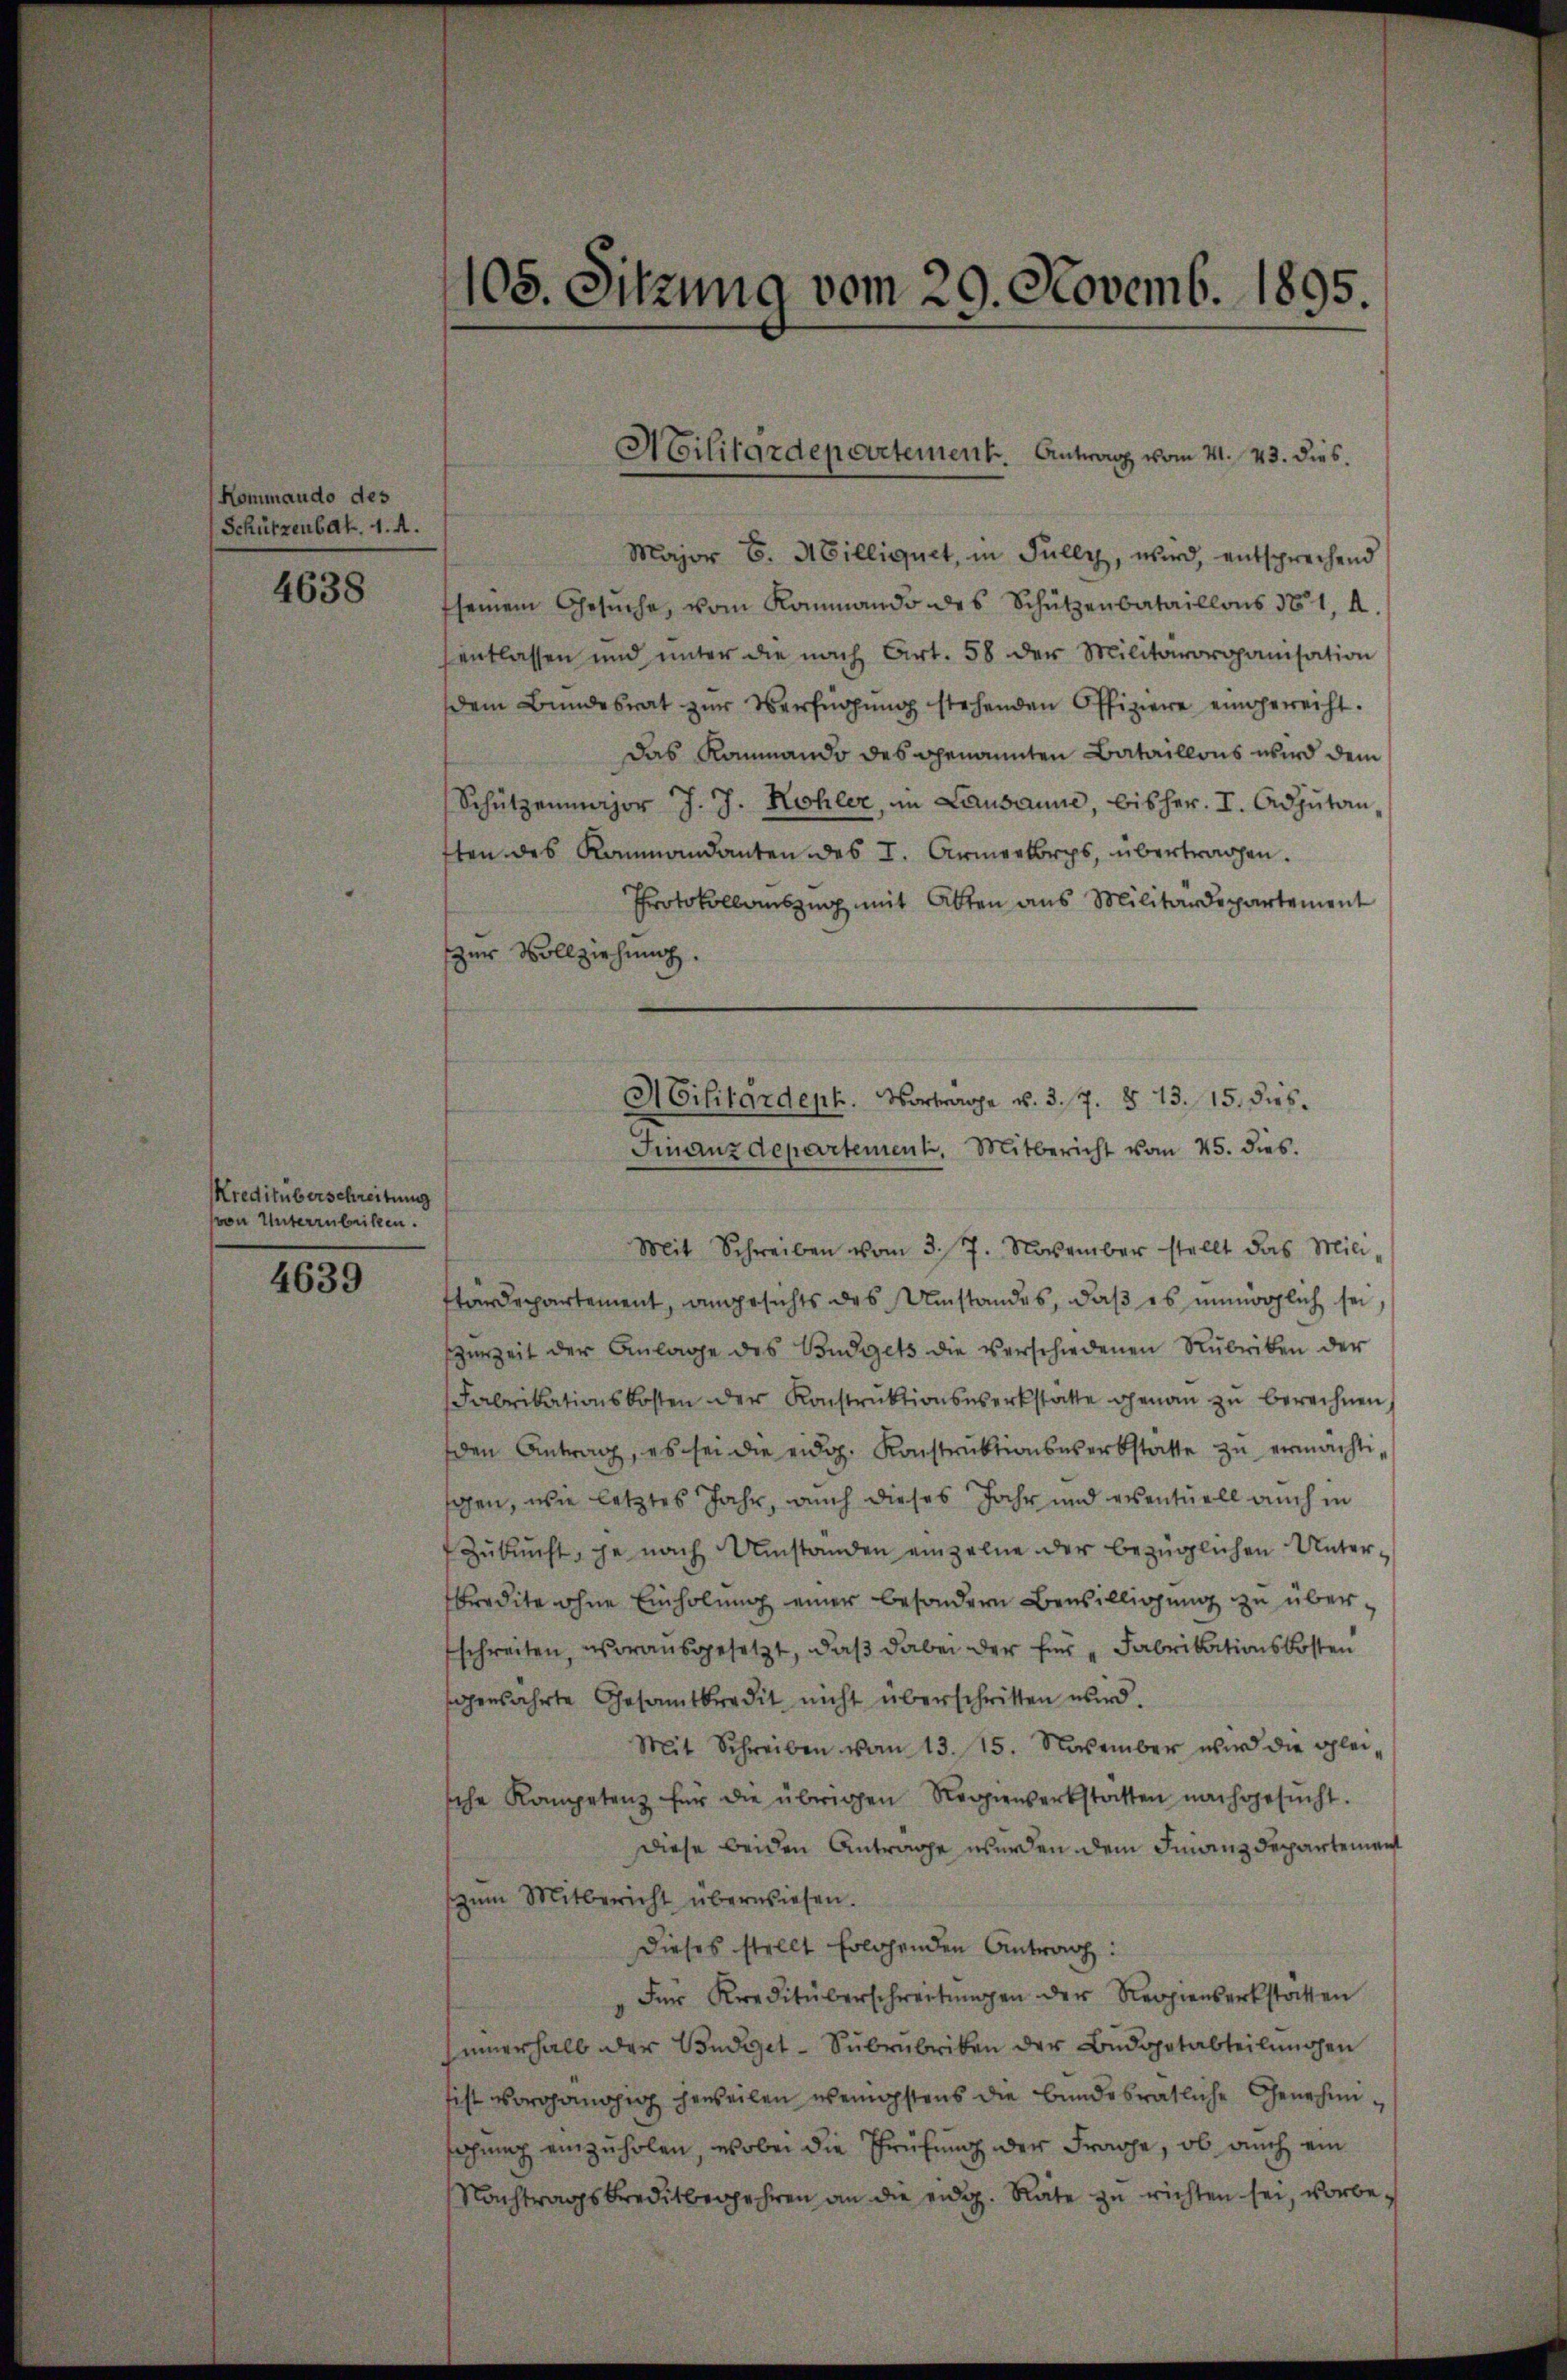
Kommando des
Schützenbat. 1. A.

4638

Kreditüberschreitung
von Unterzubriken.

4639

Major C. Milliquet, in Fully, wird, entsprechend
seinem Gesŭche, vom Kommando des Schützenbataillons 381, A
entlassen und unter die nach Art. 58 der Militärorganisation
dem Bundesrat zŭr Verfügŭng stehenden Offiziere eingereiht.
das Kommando des genannten Bataillons wird dem
Schützenmajor J. J. Kohler, im Lausanne, bisher. I. Adjutan-
tten des Kommandanten des I. Armeekorps, übertragen.
Protokollauszug mit Alten aus Militärdepartement
zur Vollziehung.

105. Sitzung vom 29. Novemb. 1895.

Mit Schreiben vom 3. 7. November stellt das Mili-
tendepartement, angesichts des Umstandes, daß es unmöglich sei,
zuzeit der Anlage des Budgets die verschiedenen Rubriken der
Fabrikationskosten der Konstrŭktionswerkstatte genaŭ zŭ berechnen,
den Antrag, es sei die eidg. Konstruktionswerkstätte zu ermächtigen, wie letztes Jahr, auch dieses Jahr und eventuell auch in
Zukunft, je nach Umstanden einzelne der bezüglichen Unterkredite ohne Einholung einer besondern Bewilligung zu überschreiten, vorausgesetzt, daß dabei der für Fabrikationskosten
genährte Gesamtkredit nicht überschritten wird.
Mit Schreiben vom 13. 15. November wird die gleische Kompetenz für die übrigen Regienerbstatten nachgesŭcht.
Diese beiden Antrage werden dem Finanzdepartement
zum Mitbericht überwiesen.
Dieses stellt folgenden Antrag:
Für Kreditüberschreitŭngen der Reppinserkstatten
sinnerhalb der Budget-Subrubriken der Budapotabteilungen
ist vorgängig geweilen wenigstens die bundesrätliche Genehmisachung einzuholen, wobei die Prüfung der Frache, ob auch ein
Nachtragskreditbegehren an die endig. Räte zu richten sei, vorbe¬

Militärdepartement. Antrag vom 21. 23. dies.

ACilitardeph. Vortrage v. 3.7. § 13. 15. dies
Finanzdepartement, Mitbericht vom 25. dies.